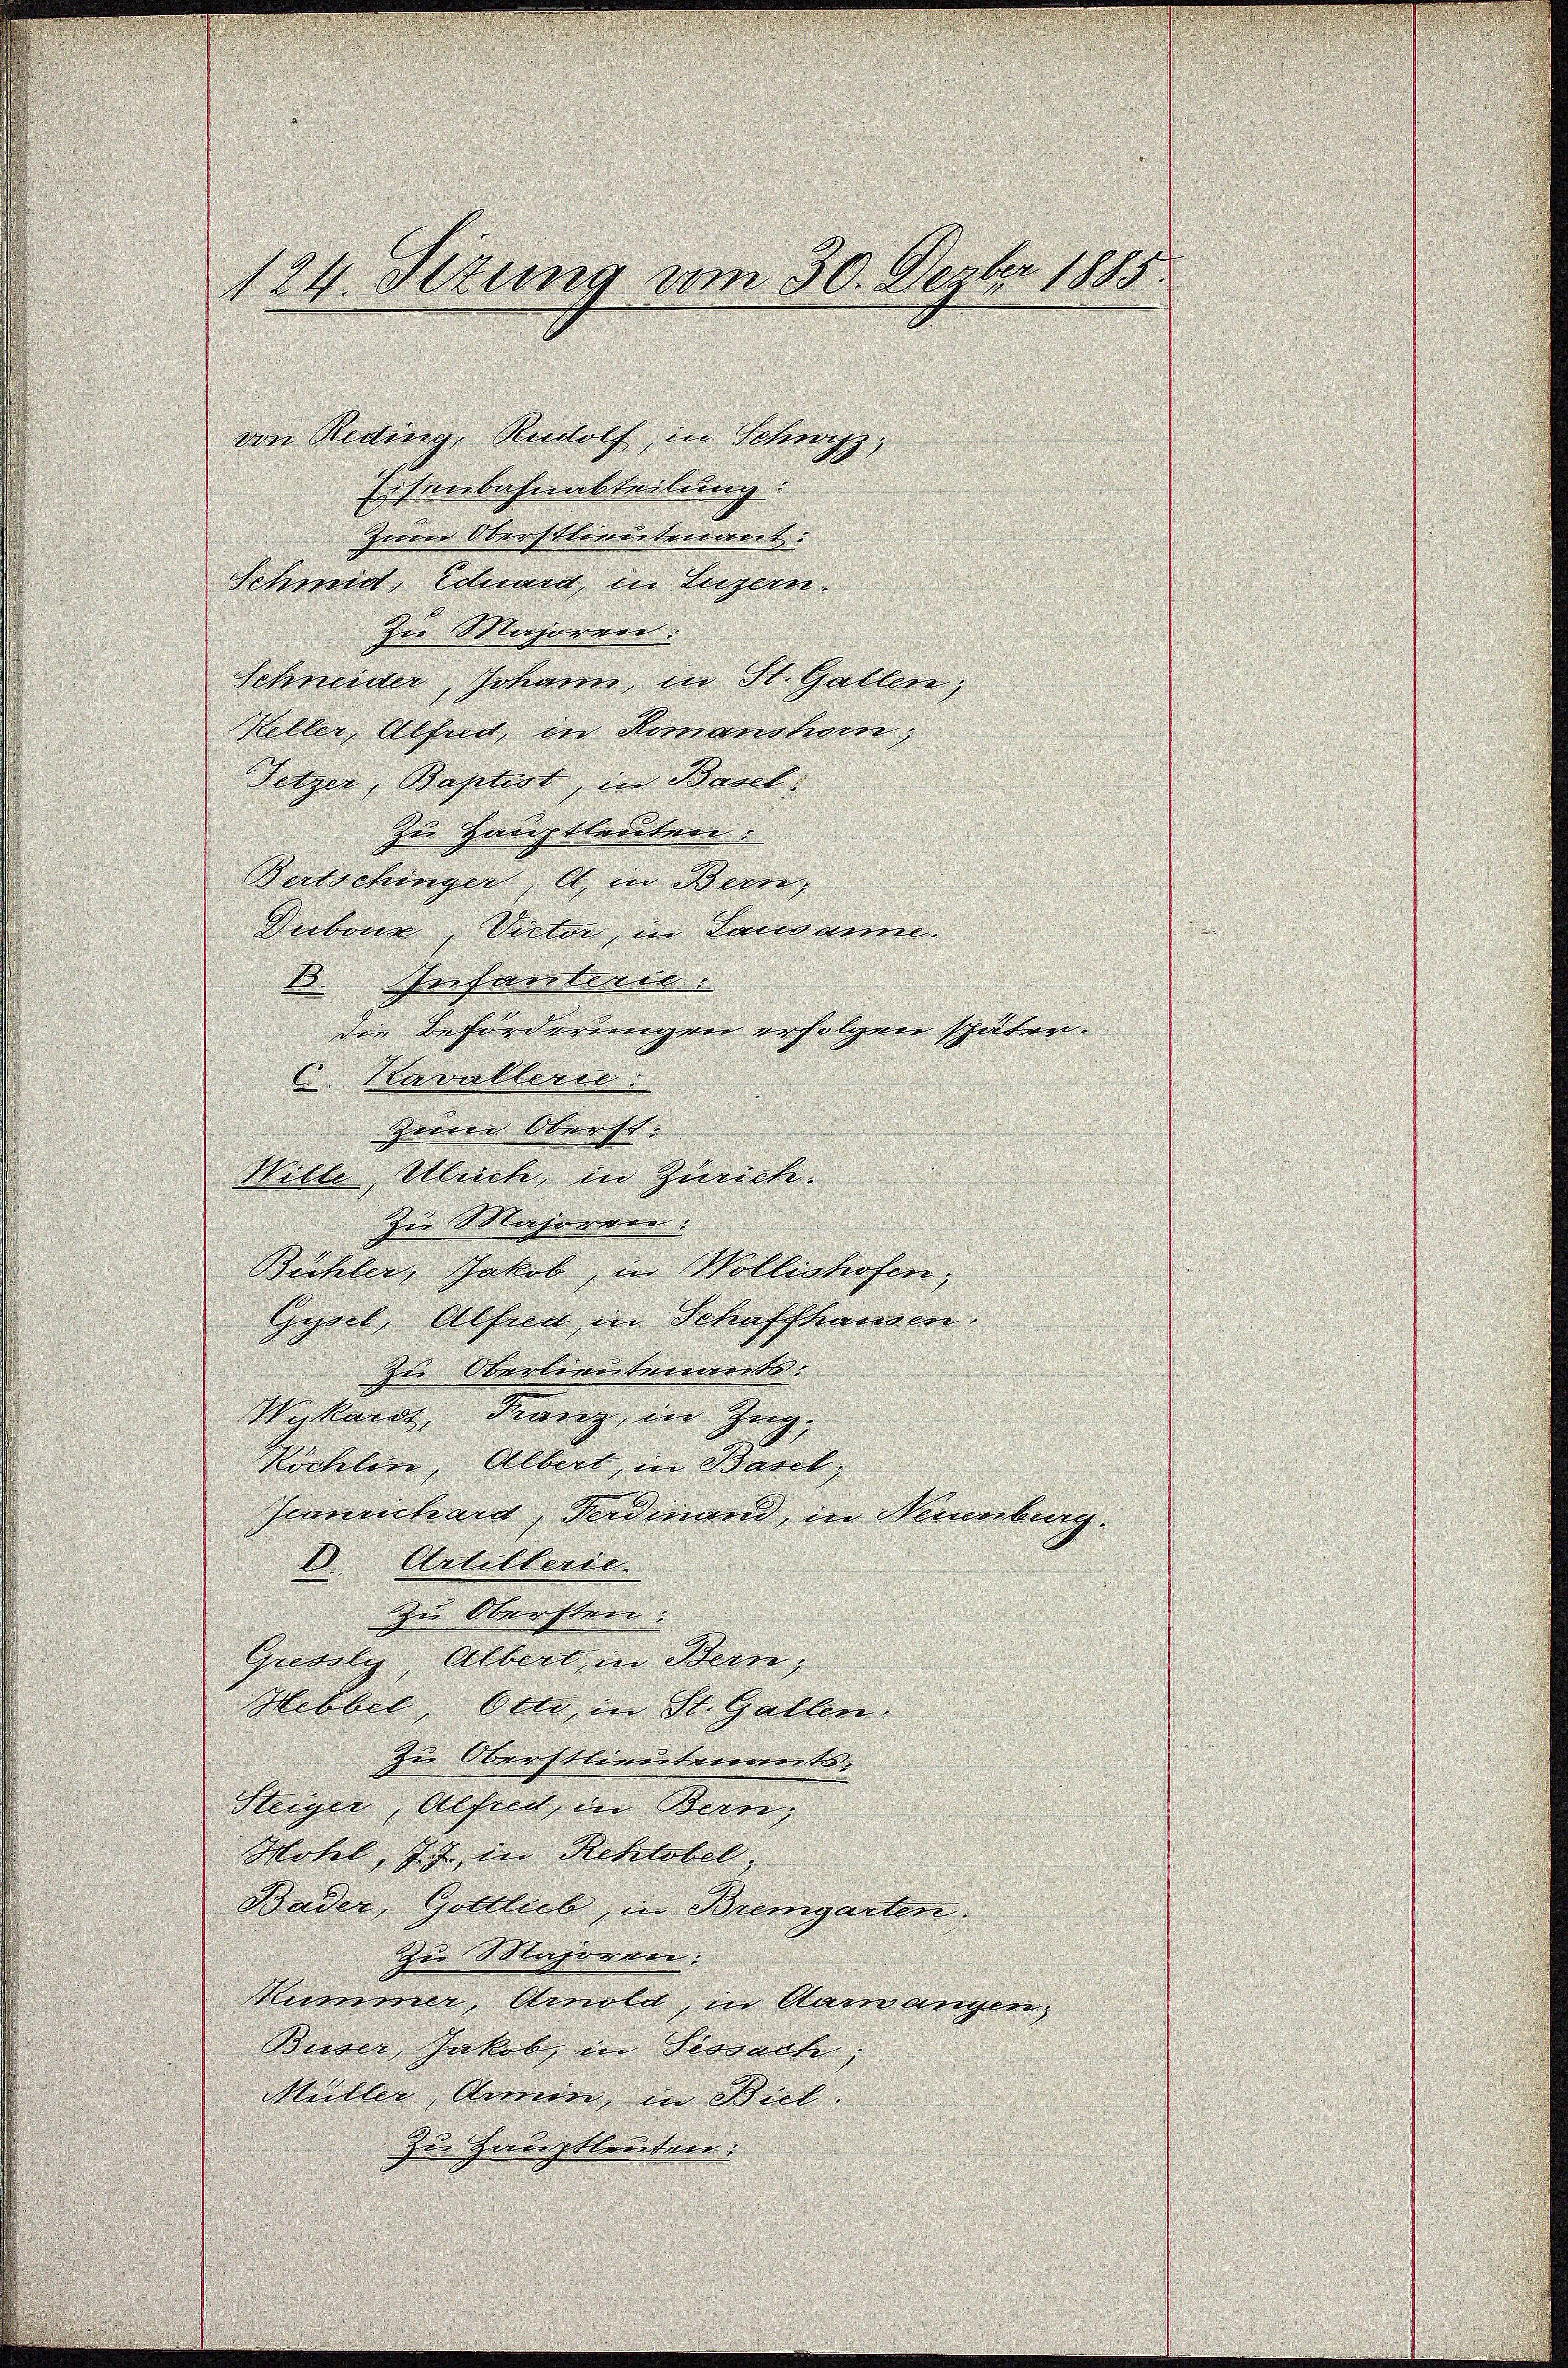
124. Sezung vom 30. Dezbr 1885

von Reding, Rudolf, in Schwyz,
Eisenbahnabteilung:
Zum Oberstlieutenant:
Schmid, Eduard, in Luzern.
Zu Majoren.
Schneider, Johann, in St. Gallen;
Keller, Alfred, in Romanshorn,
Fetzer, Baptist, in Basel
zu Hauptleuten:
Bertschinger, Al. in Bern,
Dubour, Victor, in Lausanne.
B. Infanterie:
die Beförderungen erfolgen späten.
C. Kavallerie:
Zum Oberst:
Wille Ulrich, in Zürich.
Zu Majoren:
Büchler, Jakob, in Wollishofen,
Gysel, Alsica in Schaffhausen.
zu Oberlieutenants.
Wykardt, Franz, in Zug,
Köchlin, Albert, in Basel,
Jeanrichard, Ferdinand, in Neuenburg.
D. Artillerie.
zu Obersten.
Gressly, Albert, in Bern,
Hebbel, Otto, in St. Gallen.
Zu Oberstlieutenants.
Steiger, Alfred, in Bern;
Mohel, J. J. in Rektobel,
Bader, Gottlieb, in Bremgarten:
Zu Majoren.
Kummer, Arnold, in Aarwangen,
Bieser, Jakob, in Fissach;
Müller Armen, in Biel.
Zu Hauptleuten: